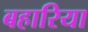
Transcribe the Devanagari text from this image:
बहारिया